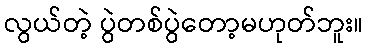
လွယ်တဲ့ ပွဲတစ်ပွဲတော့မဟုတ်ဘူး။